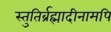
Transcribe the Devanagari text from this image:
स्तुतिर्ब्रह्मादीनामपि